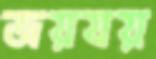
জয়যয়